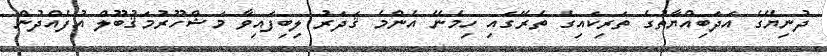
ދުނިޔޭގެ އަދަބިއްޔާތުގެ ތަރިކައިގެ ތެރޭގައި ހިމެނޭ އެންމެ ޤަދަރު ލިބިފައިވާ މަޝްހޫރުމަޤުބޫލް އުފެއްދުން